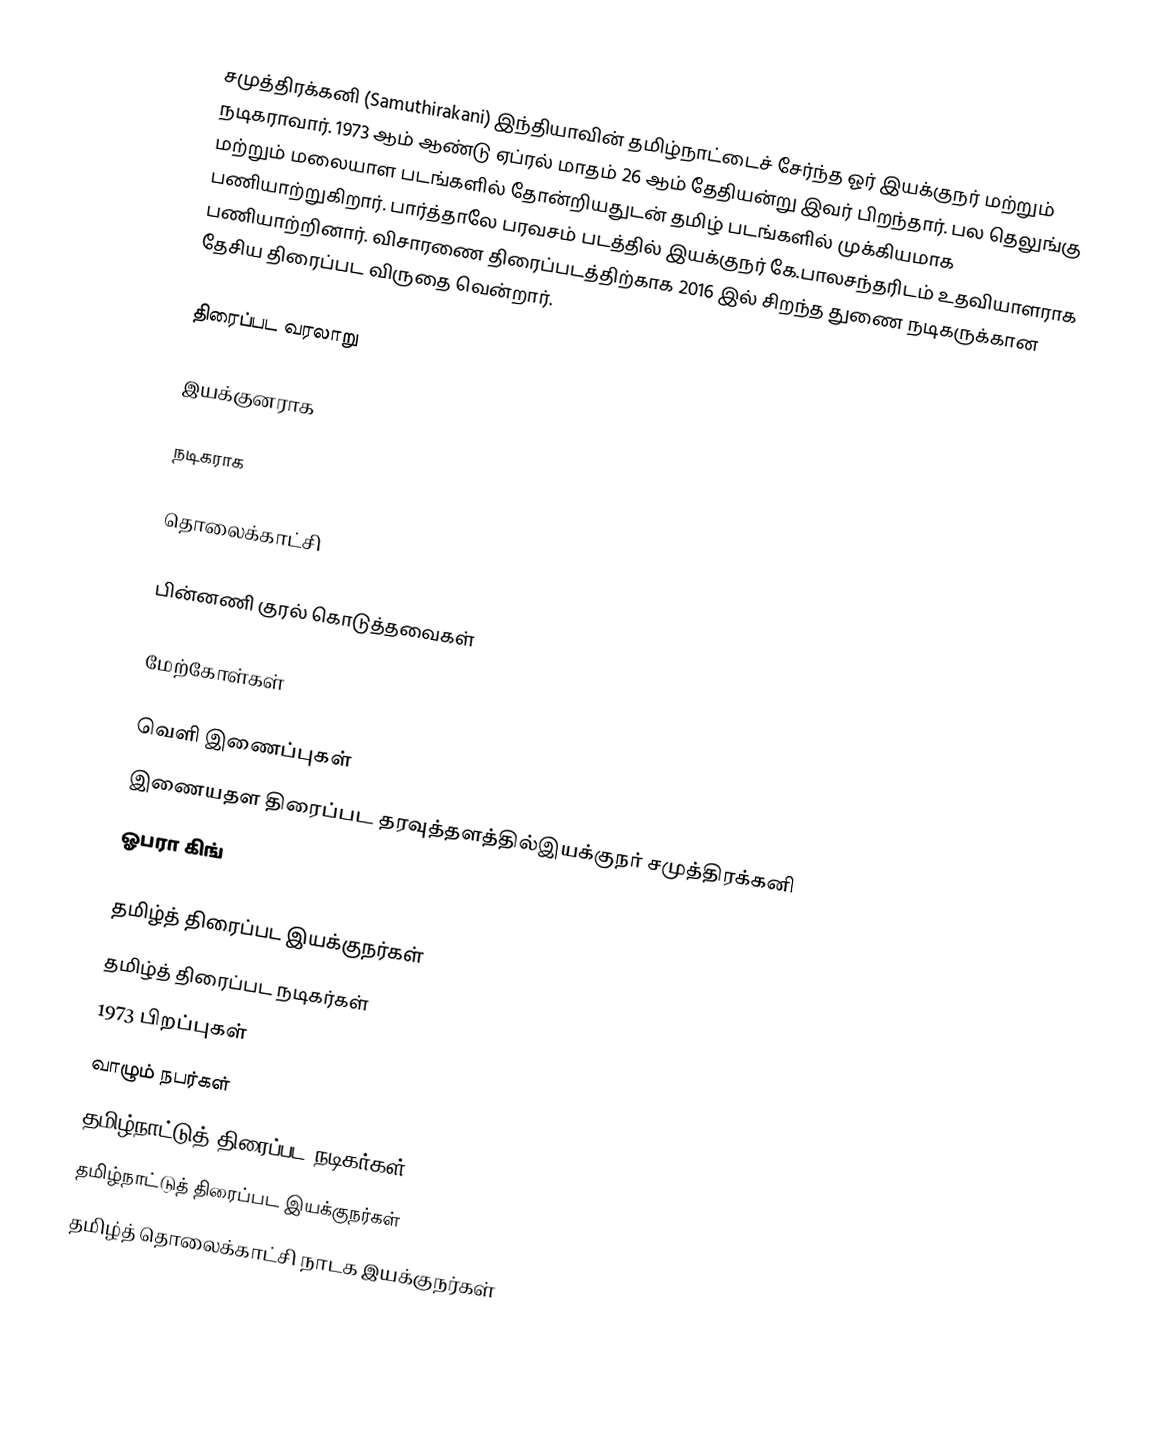
சமுத்திரக்கனி (Samuthirakani) இந்தியாவின் தமிழ்நாட்டைச் சேர்ந்த ஓர் இயக்குநர் மற்றும் நடிகராவார். 1973 ஆம் ஆண்டு ஏப்ரல் மாதம் 26 ஆம் தேதியன்று இவர் பிறந்தார். பல தெலுங்கு மற்றும் மலையாள படங்களில் தோன்றியதுடன் தமிழ் படங்களில் முக்கியமாக பணியாற்றுகிறார். பார்த்தாலே பரவசம் படத்தில் இயக்குநர் கே.பாலசந்தரிடம் உதவியாளராக பணியாற்றினார். விசாரணை திரைப்படத்திற்காக 2016 இல் சிறந்த துணை நடிகருக்கான தேசிய திரைப்பட விருதை வென்றார்.

திரைப்பட வரலாறு

இயக்குனராக

நடிகராக

தொலைக்காட்சி

பின்னணி குரல் கொடுத்தவைகள்

மேற்கோள்கள்

வெளி இணைப்புகள்
 இணையதள திரைப்பட தரவுத்தளத்தில்இயக்குநர் சமுத்திரக்கனி
 ஓபரா கிங்

தமிழ்த் திரைப்பட இயக்குநர்கள்
தமிழ்த் திரைப்பட நடிகர்கள்
1973 பிறப்புகள்
வாழும் நபர்கள்
தமிழ்நாட்டுத் திரைப்பட நடிகர்கள்
தமிழ்நாட்டுத் திரைப்பட இயக்குநர்கள்
தமிழ்த் தொலைக்காட்சி நாடக இயக்குநர்கள்